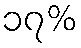
၁၇%